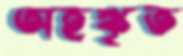
অহঙ্কৃত